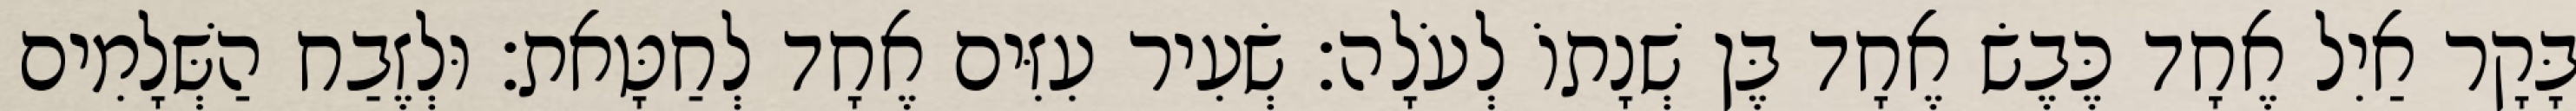
בָּקָר אַיִל אֶחָד כֶּבֶשׂ אֶחָד בֶּן שְׁנָתוֹ לְעֹלָה׃ שְׂעִיר עִזִּים אֶחָד לְחַטָּאת׃ וּלְזֶבַח הַשְּׁלָמִים